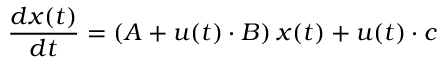
\frac { d \boldsymbol { x } ( t ) } { d t } = ( \boldsymbol { A } + u ( t ) \cdot \boldsymbol { B } ) \: \boldsymbol { x } ( t ) + u ( t ) \cdot \boldsymbol { c }